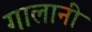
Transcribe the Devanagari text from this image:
गालानी